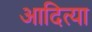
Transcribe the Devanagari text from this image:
आदित्या